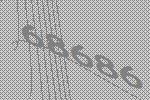
68686